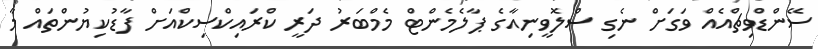
ސޭންޑްވިޗްއެއް ވަގަށް ނެގި ސްލޮވީނިއާގެ ޕާލެމެންޓް މެމްބަރު ދަރީ ކްރައިކްސިކްއަށް ފާޑުކިޔުންތައް މާ